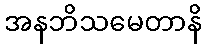
အနဘိသမေတာနိ